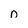
Character: n